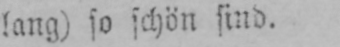
lang) so schön sind.